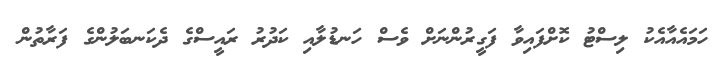
ހަމައެއާއެކު ލިސްޓު ކޮށްފައިވާ ފަގީރުންނަށް ވެސް ހަނޑުލާއި ކަދުރު ރައީސްގެ ދެކަނބަލުންގެ ފަރާތުން